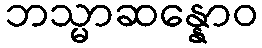
ဘသ္မာဆန္နောဝ